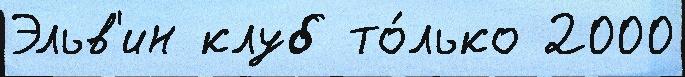
Эльв'ин клуб то́лько 2000